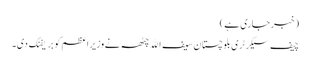
(خبر جاری ہے)
چیف سیکرٹری بلوچستان سیف الله چٹھہ نے وزیراعظم کو بریفنگ دی۔